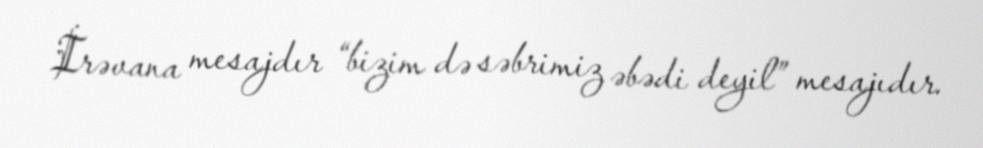
İrəvana mesajdır “bizim də səbrimiz əbədi deyil” mesajıdır.